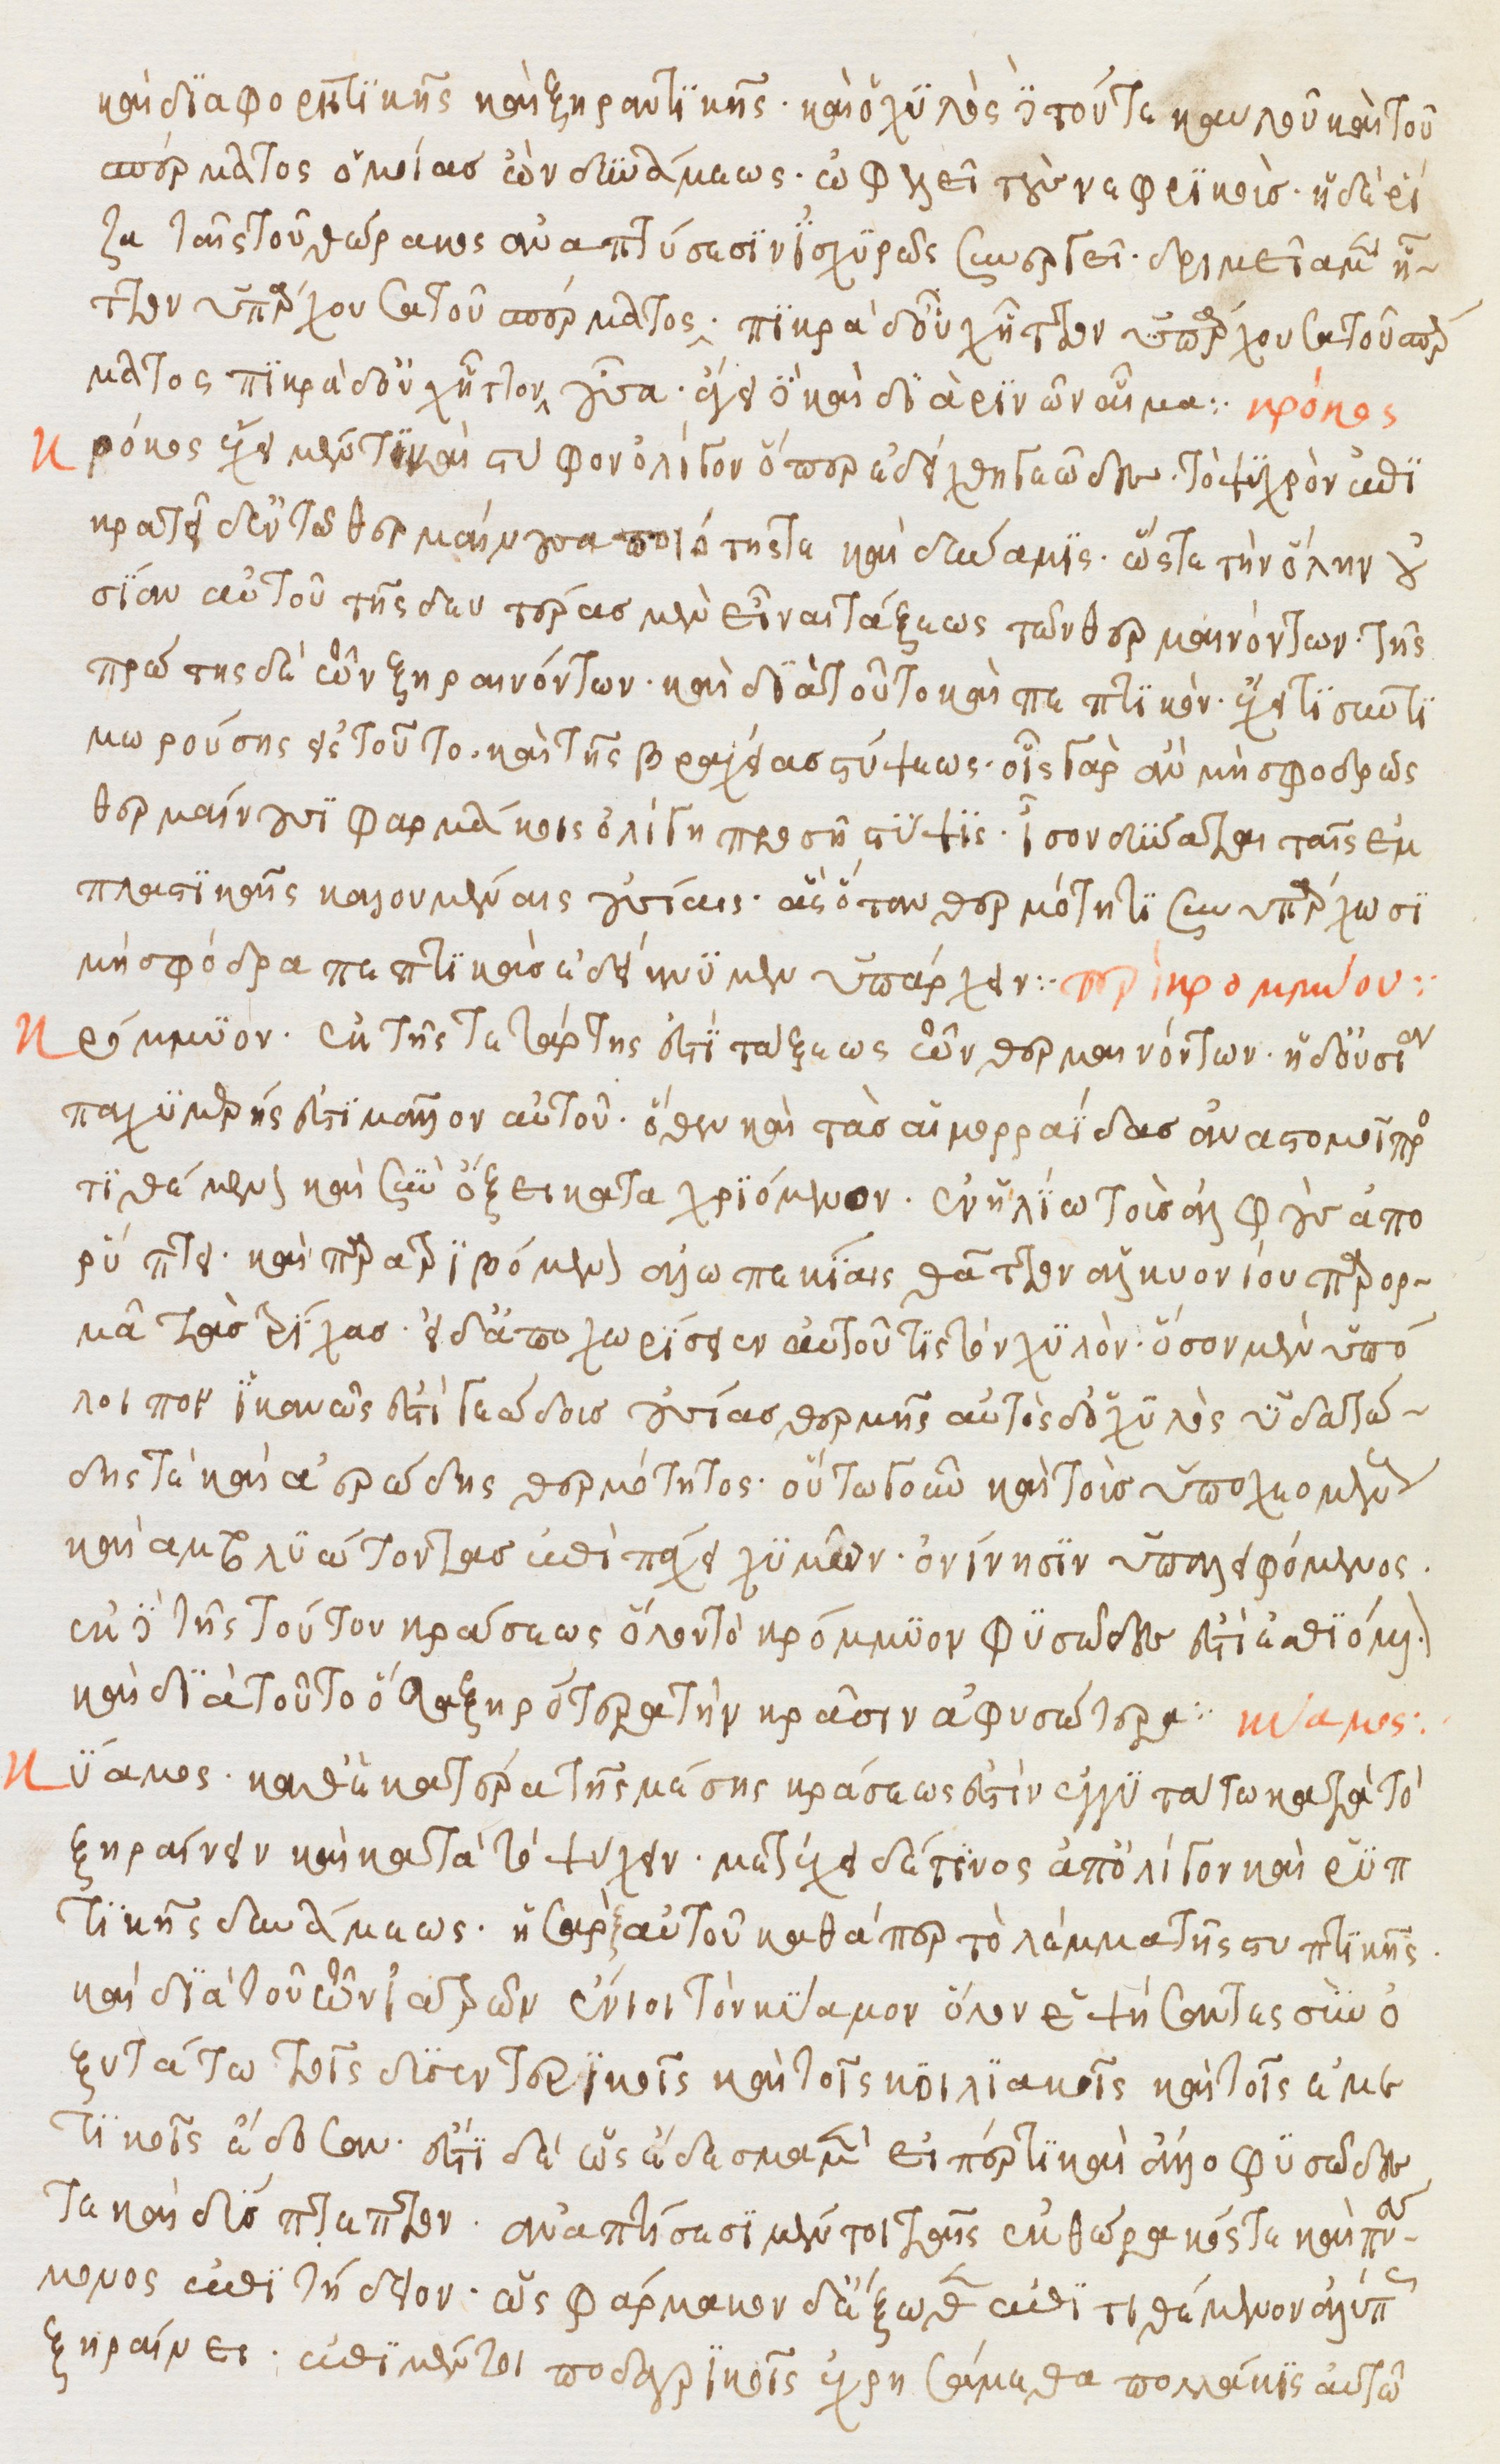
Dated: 1500–1599